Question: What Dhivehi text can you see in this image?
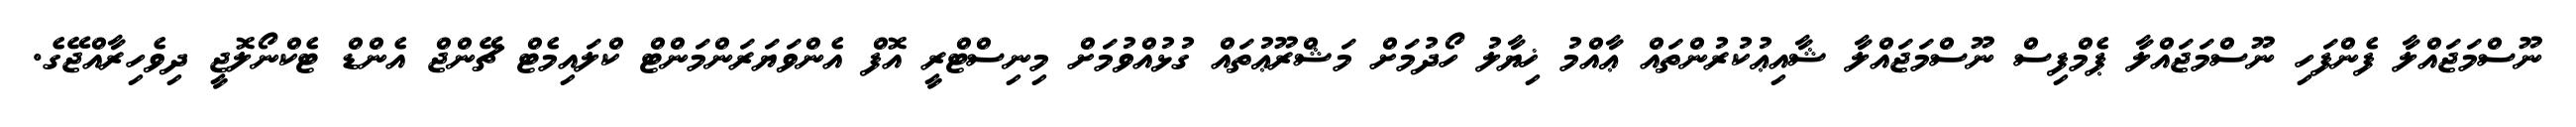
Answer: ނޫސްމަޖައްލާ ފެންފަހި ނޫސްމަޖައްލާ ޕެމްފިސް ނޫސްމަޖައްލާ ޝާއިޢުކުރުންތައް ޢާއްމު ޚިޔާލު ހޯދުމަށް މަޝްރޫޢުތައް ގުޅުއްވުމަށް މިނިސްޓްރީ އޮފް އެންވަޔަރަންމަންޓް ކްލައިމެޓް ޗޭންޖް އެންޑް ޓެކްނޯލޮޖީ ދިވެހިރާއްޖޭގެ.